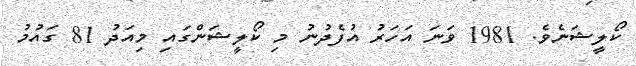
ކޯލީޝަނެވެ. 1981 ވަނަ އަހަރު އުފެދުނު މި ކޯލީޝަންގައި މިއަދު 81 ގައުމު